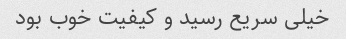
خیلی سریع رسید و کیفیت خوب بود